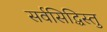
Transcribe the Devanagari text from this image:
सर्वसिद्धिस्तु